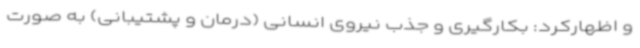
و اظهارکرد: بکارگیری و جذب نیروی انسانی (درمان و پشتیبانی) به صورت